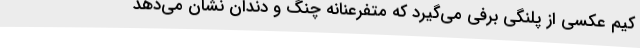
کیم عکسی از پلنگی برفی می‌گیرد که متفرعنانه چنگ و دندان نشان می‌دهد